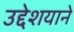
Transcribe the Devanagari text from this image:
उद्देशयाने